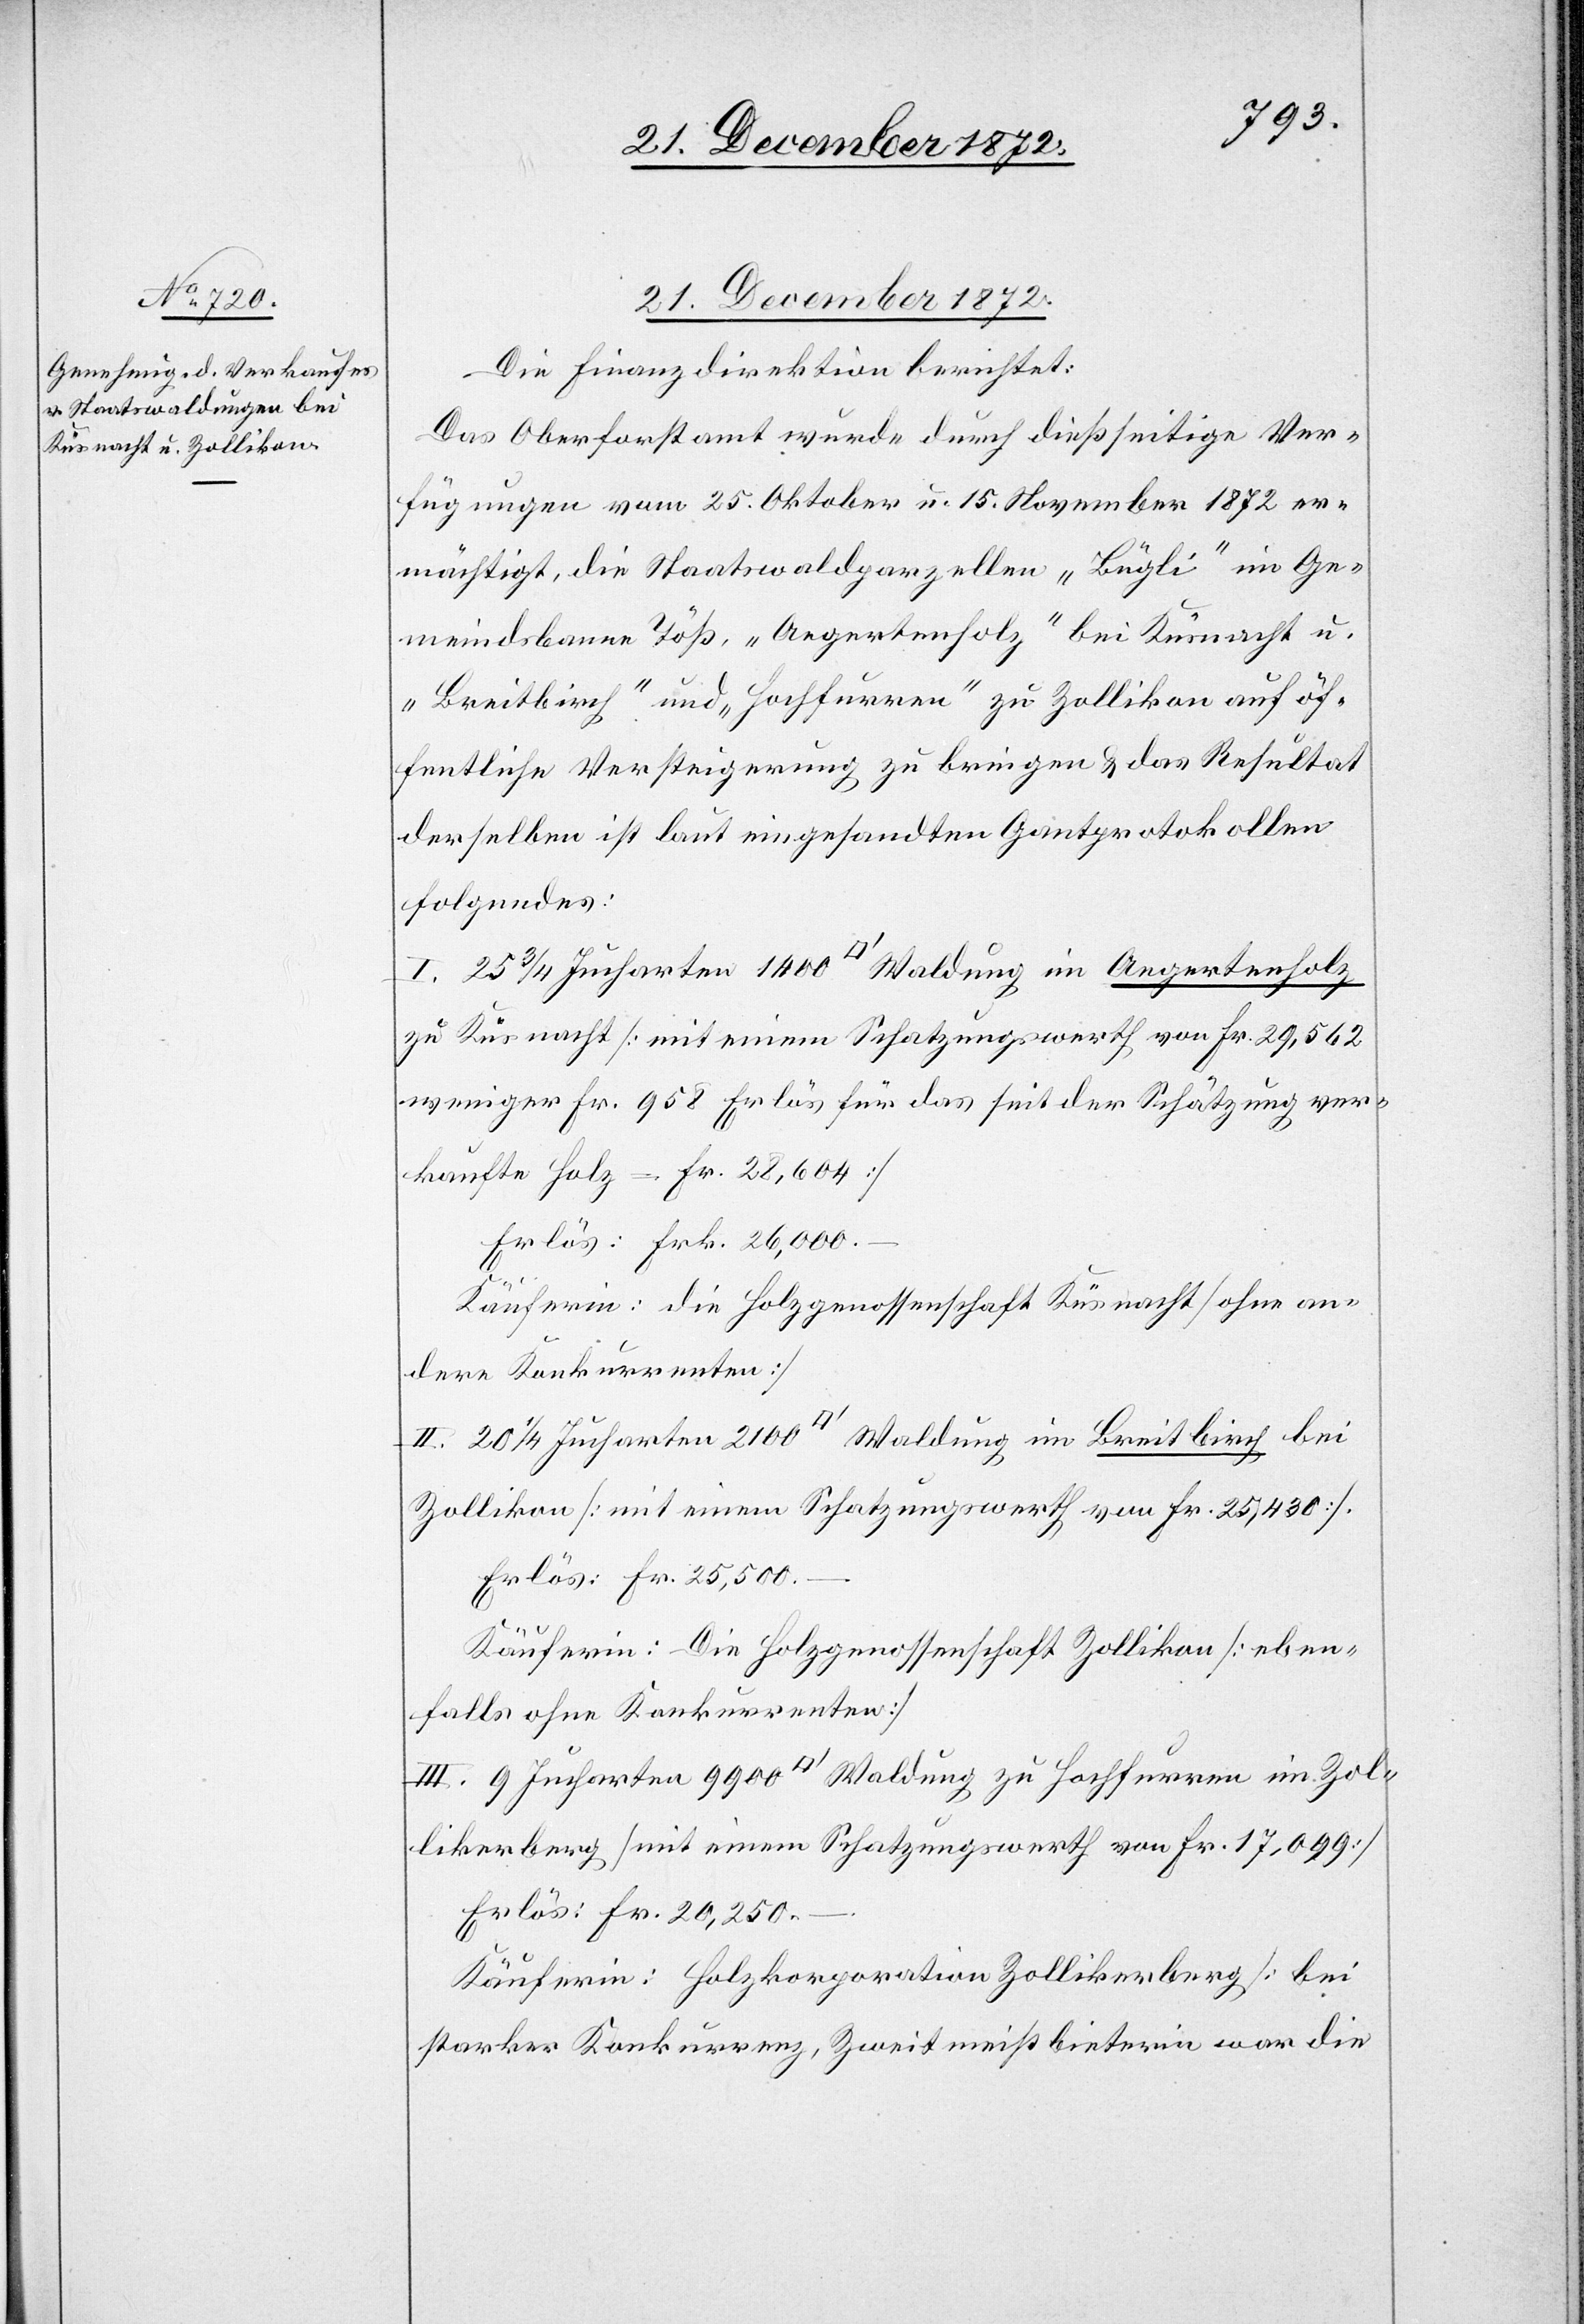
Zo¬
21. December 1872.
Die Finanzdirektion berichtet:
Das Oberforstamt wurde durch dießseitige Ver¬
fügungen vom 25. Oktober u. 15. November 1872 er¬
mächtigt, die Staatswaldparzellen „Bügli“ im Ge¬
meindsbanne Töß, „Aegertenholz“ bei Küsnacht u.
„Breitbirch“ und „Hochfurren“ zu Zollikon auf öf¬
fentliche Versteigerung zu bringen u. das Resultat
derselben ist laut eingesandten Gantprotokollen
folgendes:
I. 25 3/4 Jucharten 1400 [Quadratfuss] Waldung im Aegertenholz
zu Küsnacht [mit einem Schatzungswerth von Fr. 29,562
weniger Fr. 958 Erlös für das seit der Schätzung ver¬
kaufte Holz = Fr. 28,604]
Erlös: Frk. 26,000.–
Käuferin: die Holzgenossenschaft Küsnacht [ohne an¬
dere Konkurrenten]
II. 20 1/4 Jucharten 2100 [Quadratfuss] Waldung im Breitbirch bei
Zollikon [mit einem Schatzungswerth von Fr. 25,430].
Erlös: Fr. 25,500.–
Käuferin: Die Holzgenossenschaft Zollikon [eben¬
falls ohne Konkurrenten]
llikerberg [mit einem Schatzungswerth von Fr. 17,099]
Erlös: Fr. 20,250.–.
Käuferin: Holzkorporation Zollikerberg [bei
starker Konkurrenz, Zweitmeistbieterin war die